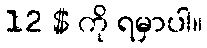
12 $ ကို ရမှာပါ။